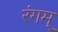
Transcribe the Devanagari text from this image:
रंगम्